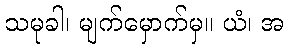
သမုခါ၊ မျက်မှောက်မှ။ ယံ၊ အ